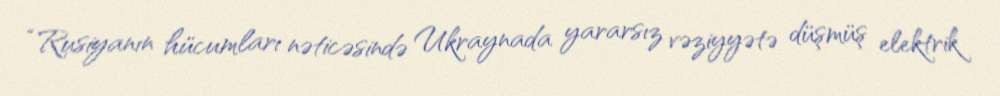
“Rusiyanın hücumları nəticəsində Ukraynada yararsız vəziyyətə düşmüş elektrik